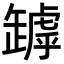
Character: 𦉑